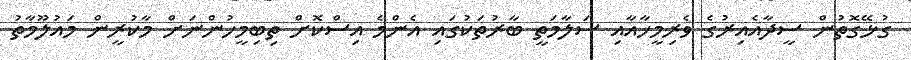
ގުޅޭގޮތުން ސީދާއެއިރުގެ ވެރިމީހާއާއި ސަލާމަތީ ބާރުތަކުގައި އެންމެ އިސްކޮށް ތިބިމީހުންނަށް މާކުރީން މައުލޫމާތު